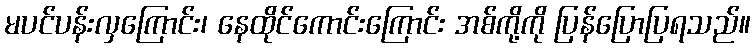
မပင်ပန်းလှကြောင်း၊ နေထိုင်ကောင်းကြောင်း အစ်ကို့ကို ပြန်ပြောပြရသည်။